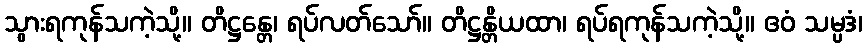
သွားရကုန်သကဲ့သို့။ တိဋ္ဌန္တေ၊ ရပ်လတ်သော်။ တိဋ္ဌန္တိယထာ၊ ရပ်ရကုန်သကဲ့သို့။ ဧဝံ သမ္ပဒံ၊